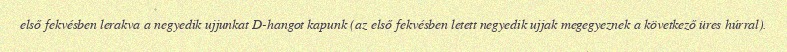
első fekvésben lerakva a negyedik ujjunkat D-hangot kapunk (az első fekvésben letett negyedik ujjak megegyeznek a következő üres húrral).